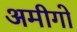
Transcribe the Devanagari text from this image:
अमीगो